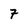
Character: 7